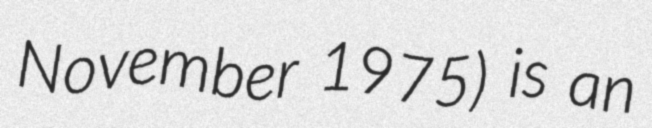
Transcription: November 1975) is an